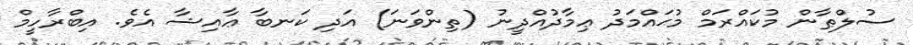
ސުލްޠާން މުކައްރަމް މުޙައްމަދު ޢިމާދުއްދީނު (ތިންވަނަ) އަދި ކަނބާ ޢާއިޝާ އެވެ. އިބްރާހީމް